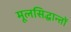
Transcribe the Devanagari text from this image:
मूलसिद्धान्‍तों